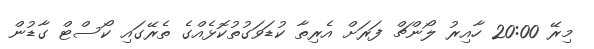
މިރޭ 20:00 ހާއިރު ލޯންޗް ފަރަށް އެރިތާ ކުޑަވަގުތުކޮޅެއްގެ ތެރޭގައި ކޯސްޓް ގާޑުން